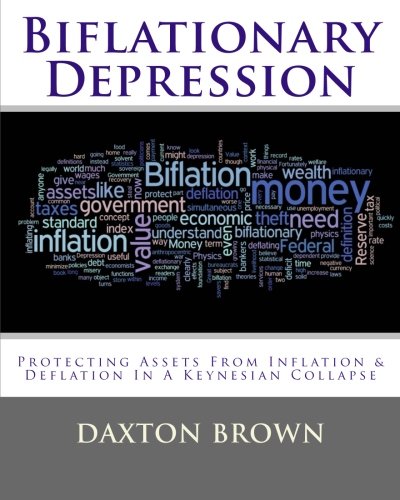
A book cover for Biflationary Depression: Protecting Assets From Inflation & Deflation In A Keynesian Collapse; Daxton Brown; Business & Money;